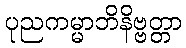
ပုညကမ္မာဘိနိဗ္ဗတ္တာ